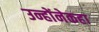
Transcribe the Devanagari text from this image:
उन्होंनेकहा